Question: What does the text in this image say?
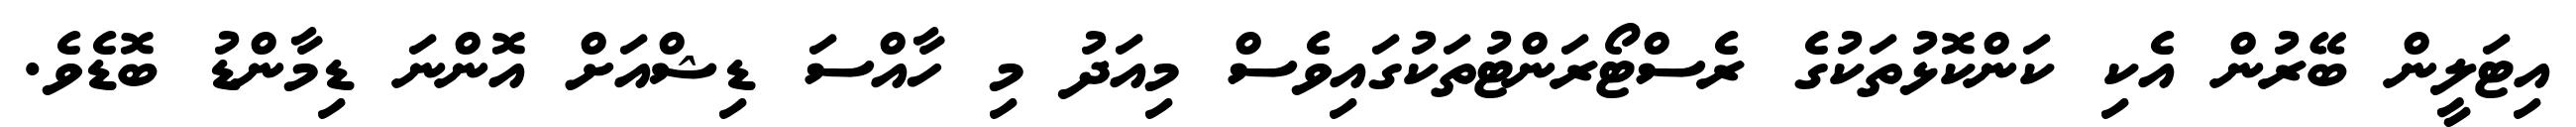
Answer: އިޓަލީން ބޭރުން އެކި ކަންކޮޅުތަކުގެ ރެސްޓޯރަންޓުތަކުގައިވެސް މިއަދު މި ހާއްސަ ޑިޝްއަށް އޮންނަ ޑިމާންޑު ބޮޑެވެ.